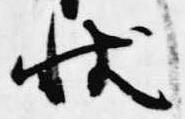
状